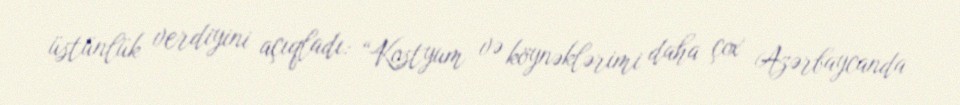
üstünlük verdiyini açıqladı: “Kostyum və köynəklərimi daha çox Azərbaycanda